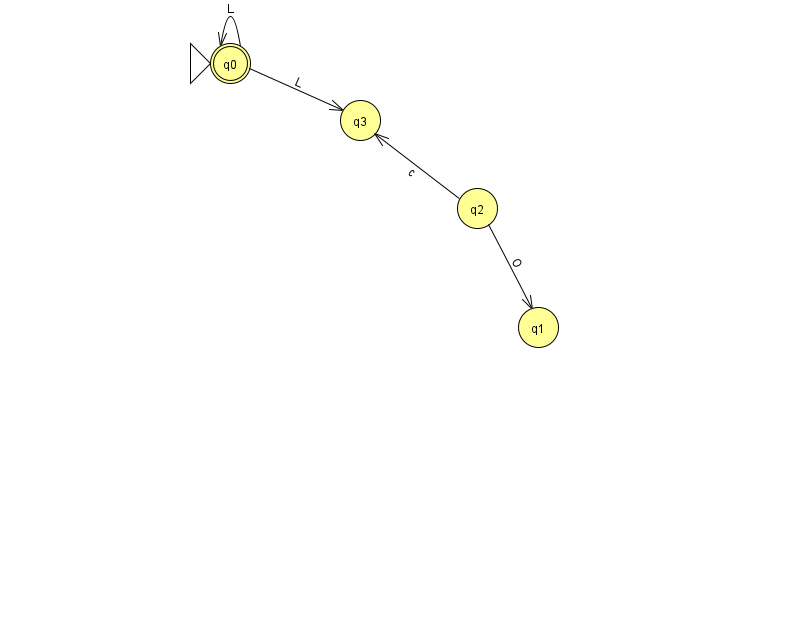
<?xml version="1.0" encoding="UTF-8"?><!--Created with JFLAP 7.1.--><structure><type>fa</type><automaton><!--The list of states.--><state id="0" name="q0"><x>230.0</x><y>50.0</y><initial/><final/></state><state id="1" name="q1"><x>538.0</x><y>314.0</y></state><state id="2" name="q2"><x>477.0</x><y>195.0</y></state><state id="3" name="q3"><x>360.0</x><y>107.0</y></state><!--The list of transitions.--><transition><from>0</from><to>3</to><read>L</read></transition><transition><from>2</from><to>3</to><read>c</read></transition><transition><from>2</from><to>1</to><read>O</read></transition><transition><from>0</from><to>0</to><read>L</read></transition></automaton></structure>